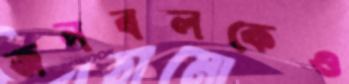
জনবলকেও